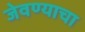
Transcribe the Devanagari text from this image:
जेवण्याचा